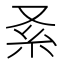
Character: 𠬹